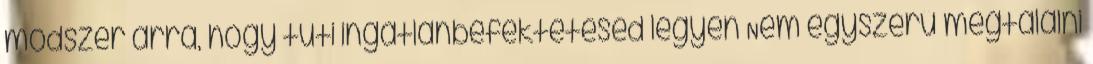
módszer arra, hogy tuti ingatlanbefektetésed legyen Nem egyszerű megtalálni